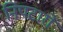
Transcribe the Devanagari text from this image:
निपटारों